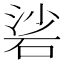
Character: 硰